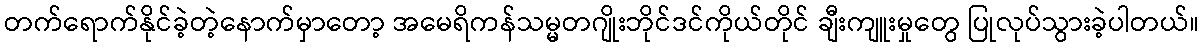
တက်ရောက်နိုင်ခဲ့တဲ့နောက်မှာတော့ အမေရိကန်သမ္မတဂျိုးဘိုင်ဒင်ကိုယ်တိုင် ချီးကျူးမှုတွေ ပြုလုပ်သွားခဲ့ပါတယ်။